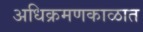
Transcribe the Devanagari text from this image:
अधिक्रमणकाळात